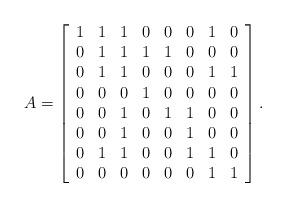
LaTeX: \begin{align*} A = \left[ \begin{array}{c ccccccc} 1 & 1 & 1 & 0 & 0 & 0 & 1 & 0 \\ 0 & 1 & 1 & 1 & 1 & 0 & 0 & 0 \\ 0 & 1 & 1 & 0 & 0 & 0 & 1 & 1 \\ 0 & 0 & 0 & 1 & 0 & 0 & 0 & 0 \\ 0 & 0 & 1 & 0 & 1 & 1 & 0 & 0 \\ 0 & 0 & 1 & 0 & 0 & 1 & 0 & 0 \\ 0 & 1 & 1 & 0 & 0 & 1 & 1 & 0 \\ 0 & 0 & 0 & 0 & 0 & 0 & 1 & 1 \end{array} \right].\end{align*}